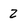
Character: 2